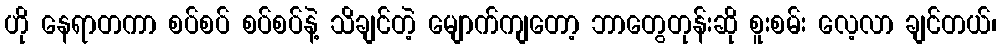
ဟို နေရာတကာ စပ်စပ် စပ်စပ်နဲ့ သိချင်တဲ့ မျောက်ကျတော့ ဘာတွေတုန်းဆို စူးစမ်း လေ့လာ ချင်တယ်၊